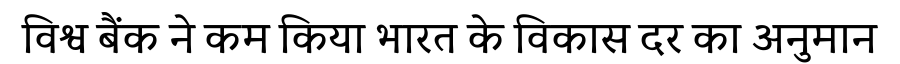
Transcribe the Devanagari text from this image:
विश्व बैंक ने कम किया भारत के विकास दर का अनुमान